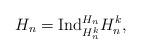
LaTeX: \begin{align*}H_n=\mathrm{Ind}_{H_n^k}^{H_n}H_n^k,\end{align*}